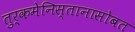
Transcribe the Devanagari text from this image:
तुर्कमेनिस्तानासोबत